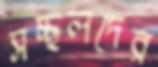
সচ্ছলদের